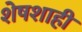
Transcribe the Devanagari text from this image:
शेषशाही